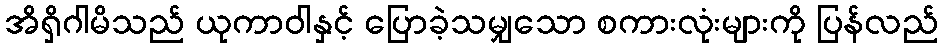
အိရှိဂါမိသည် ယုကာဝါနှင့် ပြောခဲ့သမျှသော စကားလုံးများကို ပြန်လည်